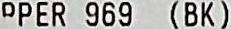
PER 969 (BK)